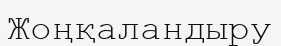
Жоңқаландыру